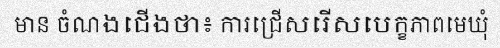
មាន ចំណងជើងថា៖ ការជ្រើសរើសបេក្ខភាពមេឃុំ